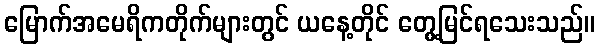
မြောက်အမေရိကတိုက်များတွင် ယနေ့တိုင် တွေ့မြင်ရသေးသည်။